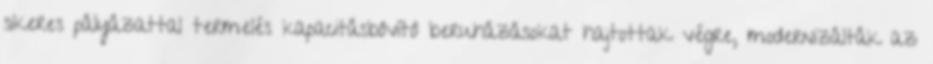
sikeres pályázattal termelés kapacitásbôvítô beruházásokat hajtottak végre, modernizálták az